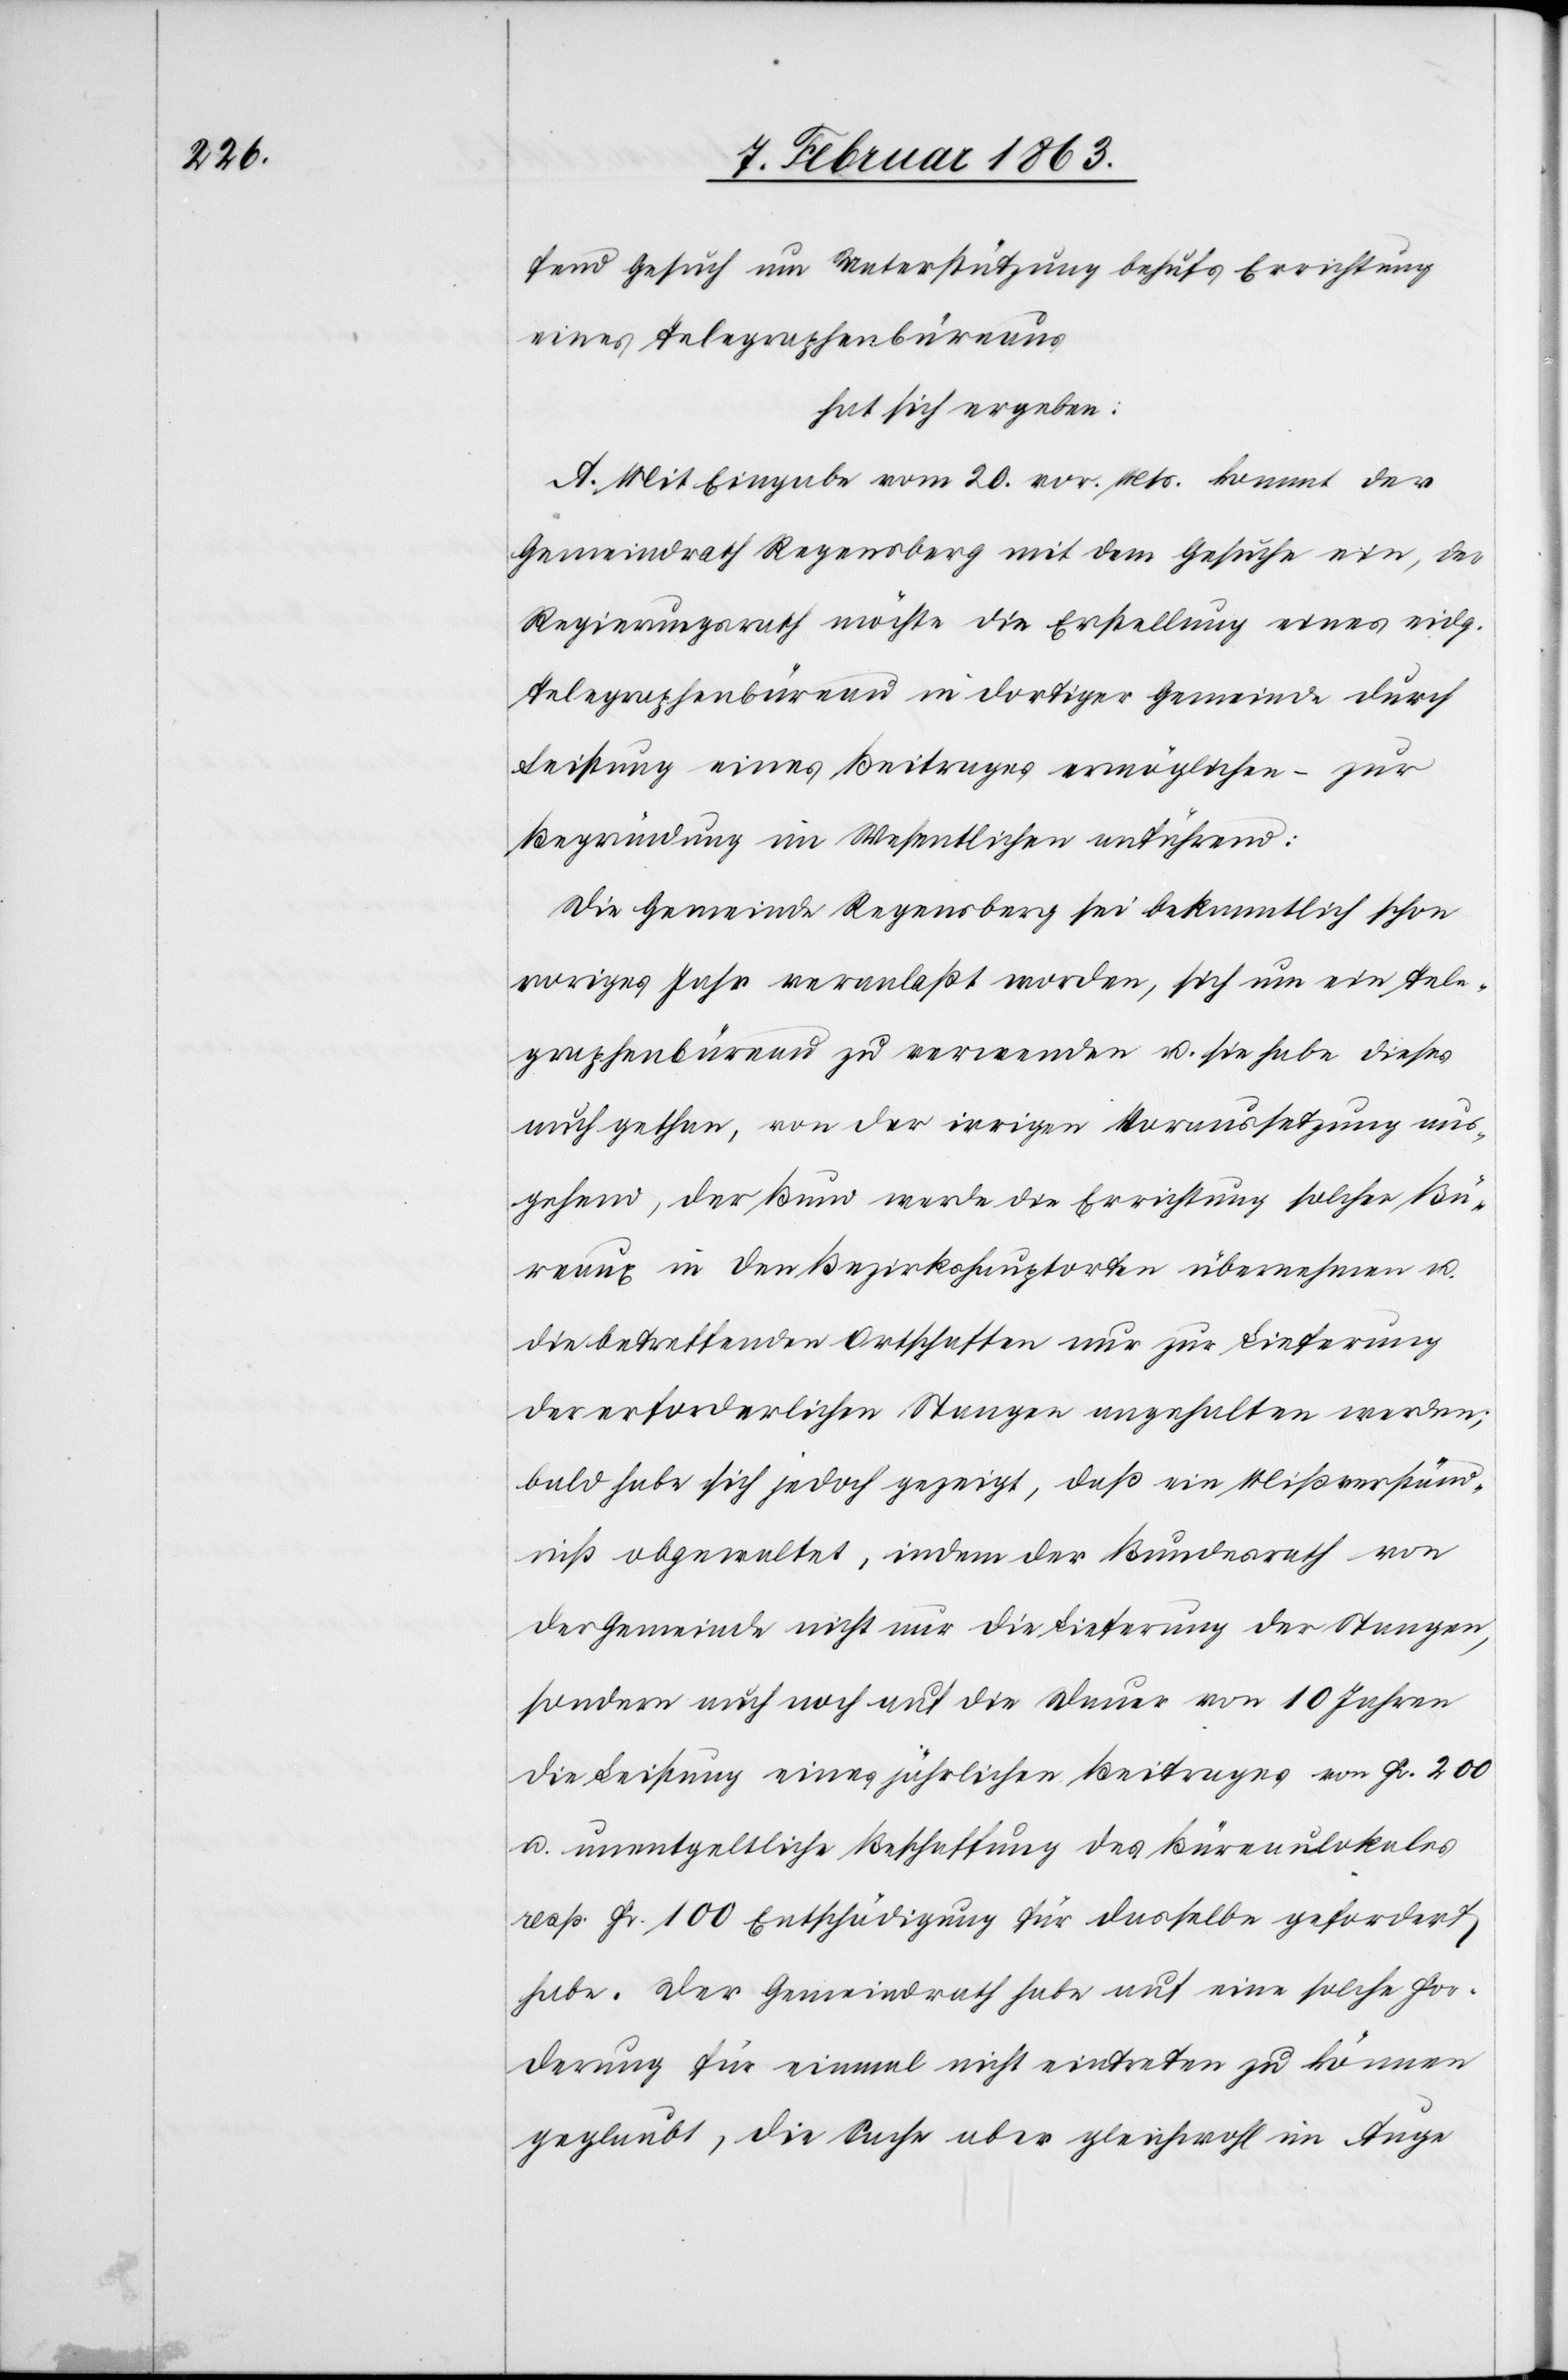
fend Gesuch um Unterstützung behufs Errichtung
eines Telegraphenbüreaus
hat sich ergeben:
A. Mit Eingabe vom 20. vor. Mts. kommt der
Gemeindrath Regensberg mit dem Gesuche ein, der
Regierungsrath möchte die Erstellung eines eidg.
Telegraphenbüreau in dortiger Gemeinde durch
Leistung eines Beitrages ermöglichen – zur
Begründung im Wesentlichen anführend:
Die Gemeinde Regensberg sei bekanntlich schon
voriges Jahr veranlaßt worden, sich um ein Tele¬
graphenbüreau zu verwenden u. sie habe dieses
auch gethan, von der irrigen Voraussetzung aus¬
gehend, der Bund werde die Errichtung solcher Bü¬
reaux in den Bezirkshauptorten übernehmen u.
die betreffenden Ortschaften nur zur Lieferung
der erforderlichen Stangen angehalten werden;
bald habe sich jedoch gezeigt, daß ein Mißverständ¬
niß obgewaltet, indem der Bundesrath von
der Gemeinde nicht nur die Lieferung der Stangen,
sondern auch noch auf die Dauer von 10 Jahren
die Leistung eines jährlichen Beitrages von Fr. 200
u. unentgeltliche Beschaffung des Büreaulokales
resp. Fr. 100 Entschädigung für dasselbe gefordert
habe. Der Gemeindrath habe auf eine solche For¬
derung für einmal nicht eintreten zu können
geglaubt, die Sache aber gleichwohl im Auge